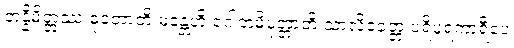
တန္နိမိတ္တဿ ဓုတောတိ မန္တေဟိ ဂေါတမိပုတ္တာတိ သာလိခေတ္တံ ပရိပူရကာရီပေ